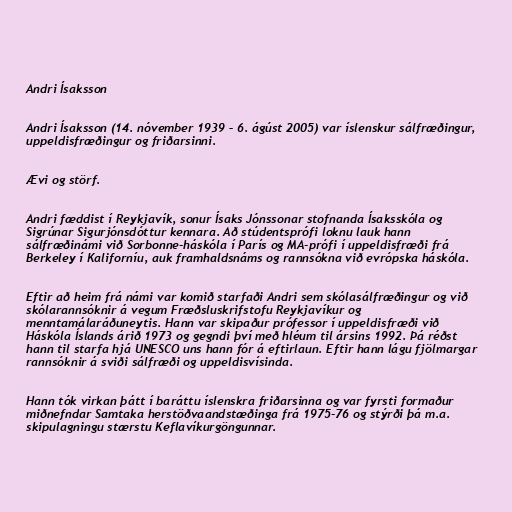
Andri Ísaksson

Andri Ísaksson (14. nóvember 1939 – 6. ágúst 2005) var íslenskur sálfræðingur,
uppeldisfræðingur og friðarsinni.

Ævi og störf.

Andri fæddist í Reykjavík, sonur Ísaks Jónssonar stofnanda Ísaksskóla og
Sigrúnar Sigurjónsdóttur kennara. Að stúdentsprófi loknu lauk hann
sálfræðinámi við Sorbonne-háskóla í París og MA-prófi í uppeldisfræði frá
Berkeley í Kaliforníu, auk framhaldsnáms og rannsókna við evrópska háskóla.

Eftir að heim frá námi var komið starfaði Andri sem skólasálfræðingur og við
skólarannsóknir á vegum Fræðsluskrifstofu Reykjavíkur og
menntamálaráðuneytis. Hann var skipaður prófessor í uppeldisfræði við
Háskóla Íslands árið 1973 og gegndi því með hléum til ársins 1992. Þá réðst
hann til starfa hjá UNESCO uns hann fór á eftirlaun. Eftir hann lágu fjölmargar
rannsóknir á sviði sálfræði og uppeldisvísinda.

Hann tók virkan þátt í baráttu íslenskra friðarsinna og var fyrsti formaður
miðnefndar Samtaka herstöðvaandstæðinga frá 1975-76 og stýrði þá m.a.
skipulagningu stærstu Keflavíkurgöngunnar.